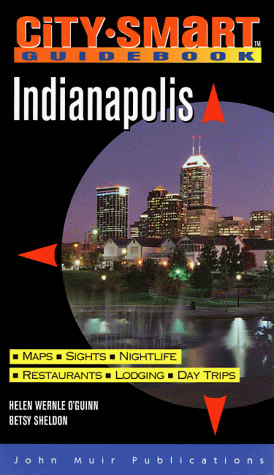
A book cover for Indianapolis (City-Smart Indianapolis); Helen Wernie O'Guinn; Travel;